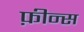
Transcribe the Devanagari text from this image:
फ़ीन्स